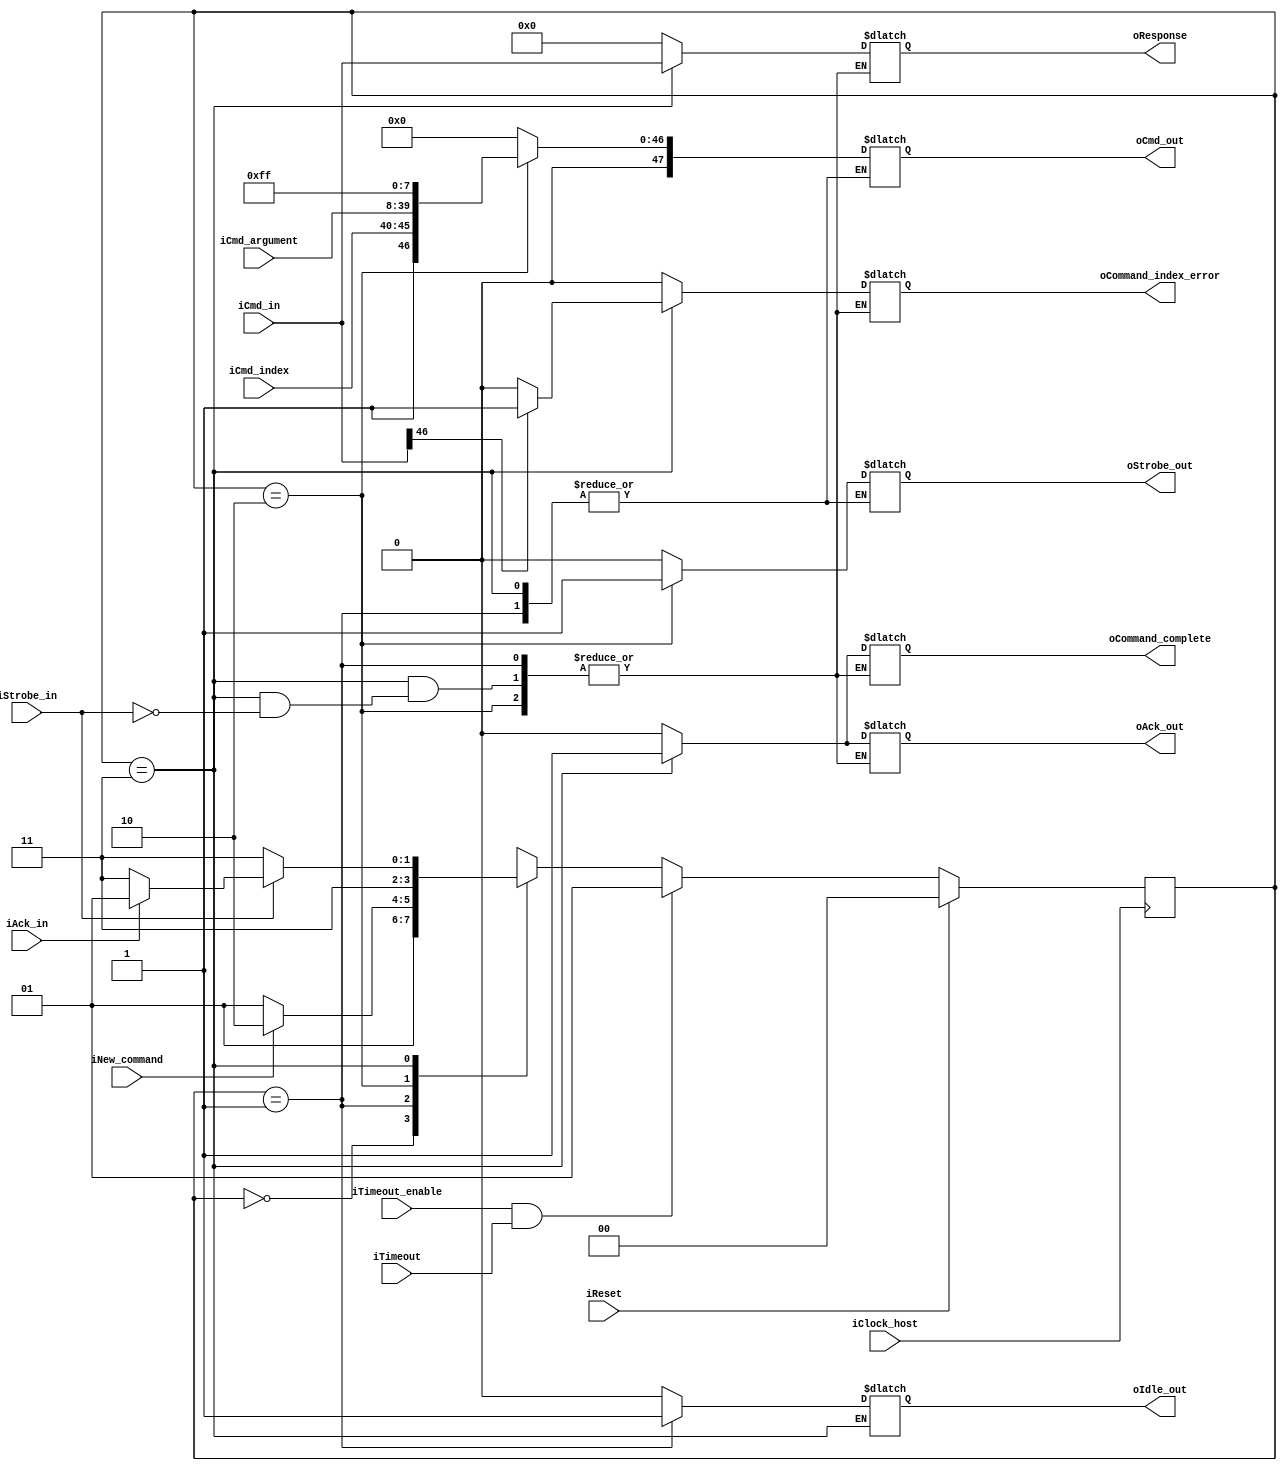
`timescale 1ns / 1ps

// state definitions
`define STATE_RESET 	                  0  // change this
`define STATE_IDLE 	                    1
`define STATE_SETTINGS_OUTPUTS 	        2
`define STATE_PROCESSING 	              3

module cmdcontrol
(
  // inputs
  input wire iClock_host,
  input wire iReset,
  input wire iNew_command,
  input wire [5:0] iCmd_index,
  input wire [31:0] iCmd_argument,
  input wire [47:0] iCmd_in,
  input wire iStrobe_in,
  input wire iAck_in,

  input wire iTimeout_enable,
  input wire iTimeout,

  // outputs
  output reg oIdle_out,
  output reg oStrobe_out,
  output reg oAck_out,
  output reg oCommand_complete,
  output reg [47:0] oResponse,

  output reg oCommand_index_error,
  output reg [47:0] oCmd_out

);

reg [1:0] rCurrentState, rNextState;
reg rFirst_bit = 0;
reg rSecond_bit = 1;
reg rEnd_bit = 1;
reg [6:0] rCRC = 7'b1111111;

//----------------------------------------------

always @ ( posedge iClock_host )
begin
	if (iReset)
	begin
		rCurrentState <= `STATE_RESET;
	end

	else
	begin
    if (iTimeout_enable && iTimeout)
    begin
      rCurrentState <= `STATE_IDLE;
    end else begin
      rCurrentState <= rNextState;
    end
	end
end

//----------------------------------------------

always @ ( * )
begin
	case (rCurrentState)
	//------------------------------------------
	`STATE_RESET:
	begin

    oIdle_out = 0;
    oStrobe_out = 0;
    oAck_out = 0;
    oCommand_complete = 0;
    oResponse = 0;
    oCommand_index_error = 0;
    oCmd_out = 0;
		rNextState = 	`STATE_IDLE;
	end
	//------------------------------------------
	`STATE_IDLE:
	begin
    oIdle_out = 1;
    if(iNew_command == 1)
    begin
      rNextState =  `STATE_SETTINGS_OUTPUTS;
    end else begin
      rNextState = 	`STATE_IDLE;
    end
	end
	//------------------------------------------
	`STATE_SETTINGS_OUTPUTS:
	begin
    oIdle_out = 0; // arreglo
    oStrobe_out = 1;
    oCmd_out = {rFirst_bit,rSecond_bit,iCmd_index, iCmd_argument,rCRC,rEnd_bit};
    rNextState = `STATE_PROCESSING;
	end
  //------------------------------------------
	`STATE_PROCESSING:
	begin
    if (iStrobe_in == 1)
    begin
      oAck_out = 1;
      oCommand_complete = 1;
      oResponse = iCmd_in;

      if (iCmd_in[46] == 1)
      begin
        oCommand_index_error = 1;
      end else begin
        oCommand_index_error = 0;
      end

      if (iAck_in == 1)
      begin
        rNextState = `STATE_IDLE;
      end else begin
        rNextState = `STATE_PROCESSING;
      end
    end else begin
      rNextState = `STATE_PROCESSING;
    end
	end
	//------------------------------------------
	default:
	begin
    rNextState = `STATE_RESET;
	end
	//------------------------------------------
	endcase
end

endmodule // cmdcontrol